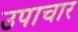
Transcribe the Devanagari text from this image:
उपाचार